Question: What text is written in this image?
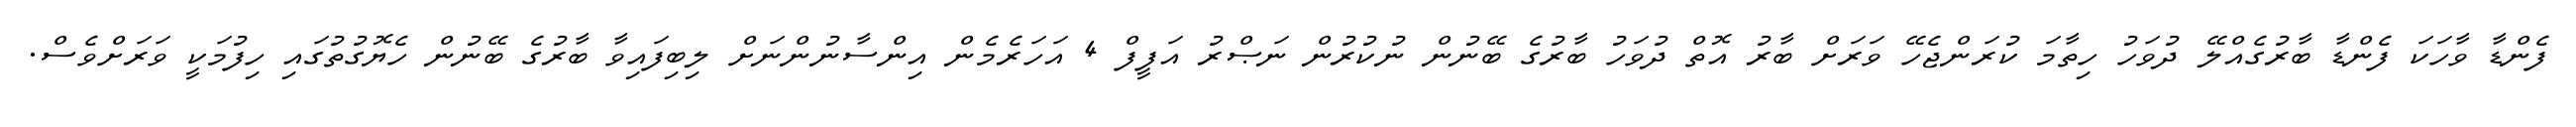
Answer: ފެންޑާ ވާހަކަ ފެންޑާ ބާރުގެއްލޭ ދުވަހު ހިތާމަ ކުރަންޖެހޭ ވަރަށް ބާރު އޮތް ދުވަހު ބާރުގެ ބޭނުން ނުކުރުން ނަޞްރު އަފީފް 4 އަހަރެމެން އިންސާނުންނަށް ލިބިފައިވާ ބާރުގެ ބޭނުން ހެޔޮގުތުގައި ހިފުމަކީ ވަރަށްވެސް.